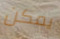
يمكن